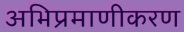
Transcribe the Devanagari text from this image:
अभिप्रमाणीकरण